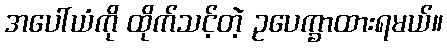
အပေါ်ယံကို ထိုက်သင့်တဲ့ ဥပေက္ခာထားရမယ်။